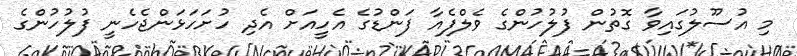
މި އުސޫލުގައިވާ ގޮތުން ފުލުހުންގެ ވެލްފެއާ ފަންޑުގެ އެހީއަށް އެދި ހުށަހަޅަންޖެހެނީ ފުލުހުންގެ